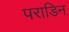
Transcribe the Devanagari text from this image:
पराडिन